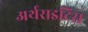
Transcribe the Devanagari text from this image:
अर्थराइटिस